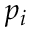
p _ { i }